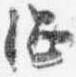
綱